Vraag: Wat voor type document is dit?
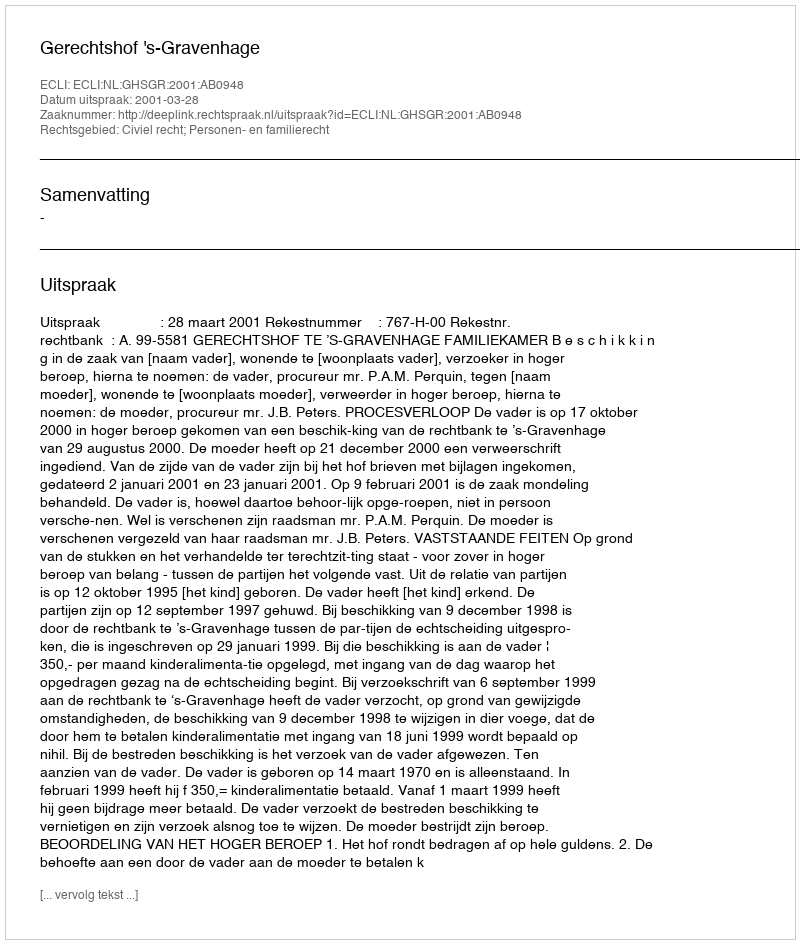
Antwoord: Uitspraak